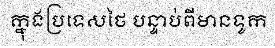
ក្នុងប្រទេសថៃ បន្ទាប់ពីមានទូក